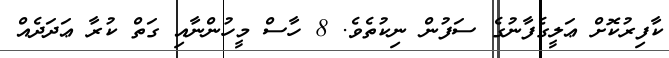
ކާފިރުކޮށް ޢަލީގެފާނުގެ ސަފުން ނިކުތެވެ. 8 ހާސް މީހުންނާއި ގަތް ކުރާ ޢަދަދެއް